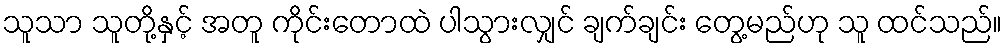
သူသာ သူတို့နှင့် အတူ ကိုင်းတောထဲ ပါသွားလျှင် ချက်ချင်း တွေ့မည်ဟု သူ ထင်သည်။